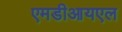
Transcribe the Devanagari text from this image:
एमडीआयएल